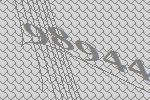
98944